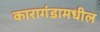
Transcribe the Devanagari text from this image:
कारागंडामधील